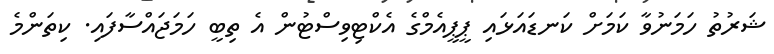
ޝަރުތު ހަމަނުވާ ކަމަށް ކަނޑައަޅައި ޕީޕީއެމްގެ އެކްޓިވިސްޓުން އެ ތިބީ ހަމަޖައްސާފައި. ކިތަންމެ